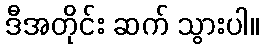
ဒီအတိုင်း ဆက် သွားပါ။